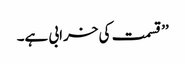
’’ قسمت کی خرابی ہے۔